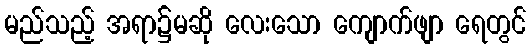
မည်သည့် အရာ၌မဆို လေးသော ကျောက်ဖျာ ရေတွင်